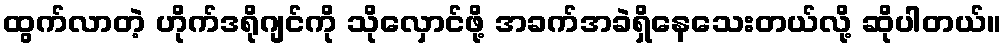
ထွက်လာတဲ့ ဟိုက်ဒရိုဂျင်ကို သိုလှောင်ဖို့ အခက်အခဲရှိနေသေးတယ်လို့ ဆိုပါတယ်။